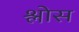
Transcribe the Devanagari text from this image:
श्लोस